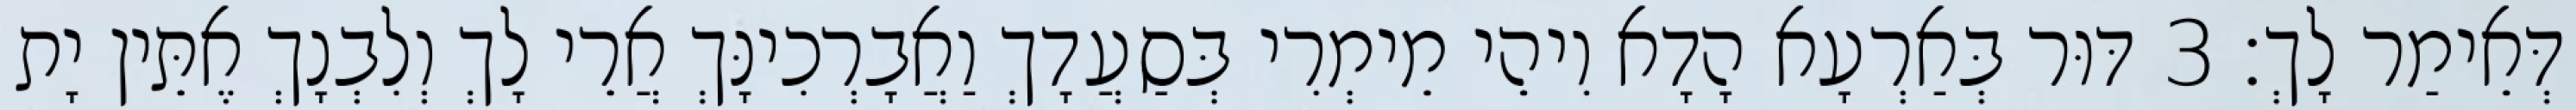
דְּאֵימַר לָךְ׃ 3 דּוּר בְּאַרְעָא הָדָא וִיהֵי מֵימְרִי בְּסַעֲדָךְ וַאֲבָרְכִינָּךְ אֲרֵי לָךְ וְלִבְנָךְ אֶתֵּין יָת